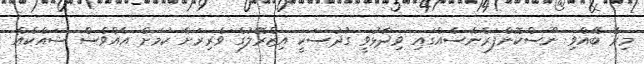
މިރޭ ބޭއްވި ނޫސްކޮންފަރެންސެއްގައި ވިދާޅުވީ ގުދުސަކީ އިޒްރޭލުގެ ވެރިރަށް ކަމަށް އެއްވެސް ޝައްކެއް